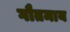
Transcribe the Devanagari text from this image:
गौतमाय